Vaccine operations Central Provinces 1900-1911 - 1900-1911
Year: 1900
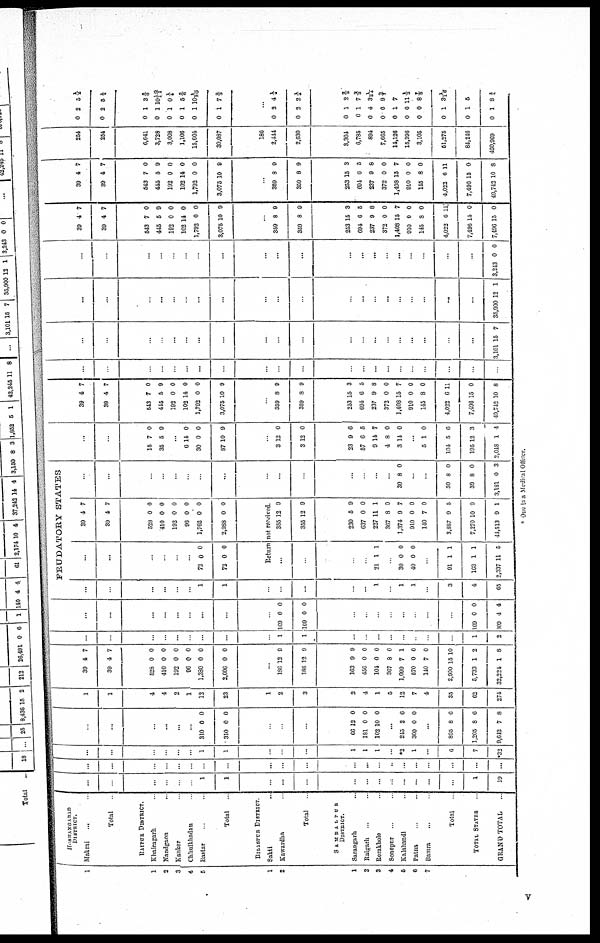
1
1
2
3
4
5
1
2
1
2
3
4
5
6
7
HOSHANGABAD
DISTRICT.
Makrai
...
Total
RAIPUR DISTRICT.
Khairagarh
Nandgaon ...
Kanker
Chhuikhadan
Bastar ...
Total
BILASPUR DISTRICT
Sakti ...
Kawardha
Total
SAMBALPUR
DISTRICT
Sarangarh ...
Raigarh
Rerakhole
Sonepur
Kalahandi
Patna ...
Bamra ..
Total
TOTAL STATES
GRAND TOTAL
...
...
...
...
...
...
1
1
...
...
...
...
...
...
...
...
...
...
...
1
19
...
...
...
...
..
..
...
...
...
...
...
...
...
...
...
...
...
...
...
...
...
...
...
...
...
...
...
1
1
...
...
...
1
1
1
...
*2
1
...
6
7
*32
...
...
...
...
...
...
310
310
0
0
0
0
...
...
...
66
181
102
12
0
10
0
0
0
...
245
300
2
0
6
0
...
895
1,205
9,642
8
8
7
6
6
8
1
1
4
4
2
1
12
23
1
2
3
2
4
1
5
12
7
4
35
62
274
39
39
4
4
7
7
528
410
192
96
1,380
2,606
0
0
0
0
0
0
0
0
0
0
0
0
...
186
186
12
12
9
9
163
456
104
367
1,099
570
140
2,900
5,733
32,224
9
0
0
8
7
0
7
15
1
1
9
0
0
0
1
0
0
10
2
8
...
...
...
...
..
...
...
...
...
1
1
...
...
...
...
...
...
...
...
1
2
...
...
...
...
...
...
...
..
...
169
169
0
0
0
0
...
...
...
...
...
...
..
...
169
309
0
4
0
4
...
...
...
...
...
...
1
1
...
...
...
...
..
1
...
1
1
...
3
4
65
FEUDATORY STATES
...
...
...
...
...
...
72
72
0
0
0
0
39
39
528
410
192
96
1,762
2,988
4
4
0
0
0
0
0
0
7
7
0
0
0
0
0
0
Return not received
...
...
...
...
21 1 1
...
30
40
0
0
0
0
...
91
163
2,337
1
1
11
1
1
5
355
355
12
12
0
9
230
637
227
367
1,374
910
140
3,887
7,270
44,513
5
0
11
8
9
0
7
9
10
9
9
0
1
0
7
0
0
5
9
1
...
...
...
...
...
...
...
...
...
...
...
...
...
...
30 8 0
...
..
30
30
3,181
8
8
0
0
0
3
...
...
15
35
7
5
0
9
...
6
30
87
14
0
10
0
0
9
...
3
3
12
12
0
0
23
57
0
4
3
9
6
14
8
14
6
5
7
0
0
...
5
104
195
2,048
1
5
12
1
0
6
3
4
39
39
543
445
192
102
1,792
3,075
4
4
7
5
0
14
0
10
7
7
0
9
0
0
0
9
...
359
359
8
8
9
9
253
694
237
372
1,408
910
145
4,022
7,496
49,742
15
6
9
0
15
0
8
6
15
10
3
5
8
0
7
0
0
11
0
8
..
...
...
...
...
...
...
...
...
...
...
...
...
...
...
...
...
...
...
...
...
...
...
...
...
...
...
...
...
...
...
...
...
...
...
...
...
...
...
3,101 15 7
...
...
...
...
...
...
...
...
...
...
...
...
...
...
...
...
...
...
...
..
35,900 12 1
...
...
...
...
...
...
...
.....
...
...
...
..
...
...
...
...
...
...
...
..
3,243 0 0
39
39
4
4
7
7
543
445
192
102
1,792
3,075
7
5
0
14
0
10
0
9
0
0
0
9
...
359
359
8
8
9
9
253
694
237
372
1,408
910
145
4,022
7,496
7,496
15
6
9
0
15
0
8
0
15
15
3
5
8
0
7
0
0
11
0
0
39
39
4
4
7
7
543
445
192
102
1,792
3,075
7
5
0
14
0
10
0
9
0
0
0
9
...
359
359
8
8
9
9
253
694
237
372
1,408
910
145
4,022
7,496
49,742
15
6
9
0
15
0
8
6
15
10
3
5
8
0
7
0
0
11
0
8
254
254
6,641
3,728
3,008
1,106
15,604
30,087
186
2,444
2,630
3,304
6,785
894
7,665
14,126
15,396
3,105
51,275
84,246
460,969
0
0
2
2
5½
5½
0
0
0
0
0
0
1
1
1
1
1
1
3 5/6
10 10/11
0¼
5 5/6
10 1/20
7 2/3
...
0
0
0
0
0
0
0
0
0
0
0
0
2
2
1
1
4
0
1
0
0
1
1
1
4¼
2 ¼
2 2/3
7 2/3
3 1/34
9 2/7
7
11 2/3
8 7/8
31/10
5
8 ¾
* One is a Medical Officer.
v